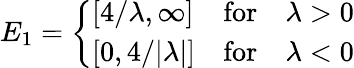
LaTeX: E_{1}=\left\{ \begin{array}{lll}{{\left[4/\lambda,\infty\right]}}&{{\mathrm{for}}}&{{\lambda>0}}\\ {{\left[0,4/|\lambda|\right]}}&{{\mathrm{for}}}&{{\lambda<0}}\end{array}\right.